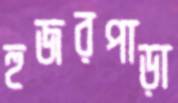
হুজরপাড়া